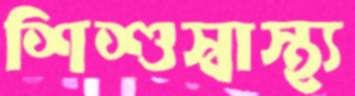
শিশুস্বাস্থ্য